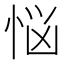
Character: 悩